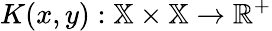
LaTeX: K(x,y):\mathbb{X}\times\mathbb{X}\to\mathbb{R}^{+}